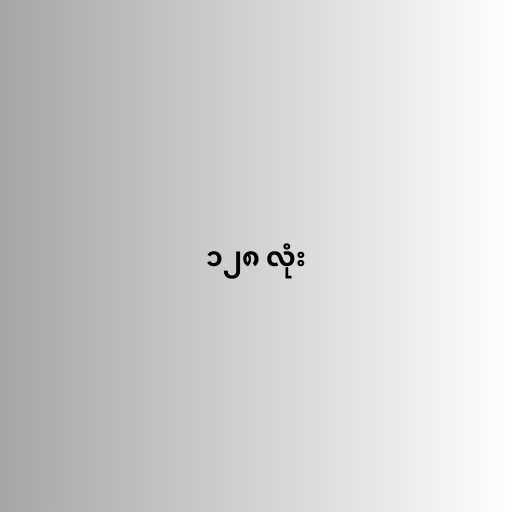
၁၂၈ လုံး